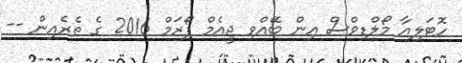
ހޮޓަލިއާ މޯލްޑިވްސް އިން ބޭއްވި ޖީއެމް ފޯރަމް 2016 ގެ ތެރެއިން --